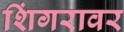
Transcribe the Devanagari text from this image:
शिंगरावर